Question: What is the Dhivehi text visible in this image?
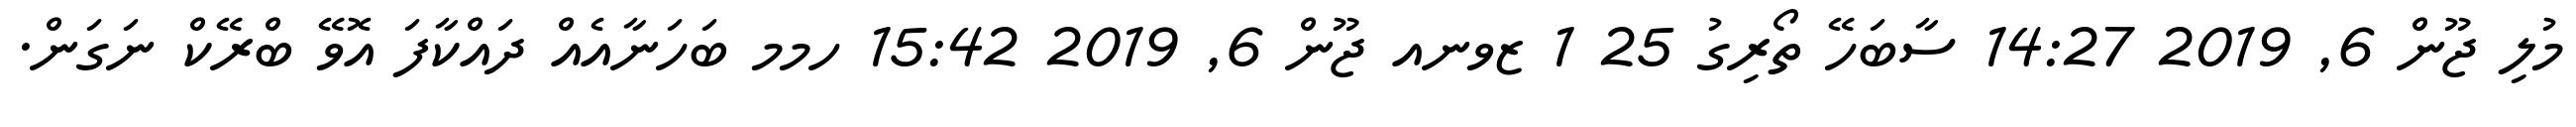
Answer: މުލި ޖޫން 6, 2019 14:27 ސާބަހޭ ތޯރިގު 25 1 ޒވނއ ޖޫން 6, 2019 15:42 ހމމ ބަހަނާއެއް ދައްކާފަ އޮވޭ ބްރޭކް ނަގަން.